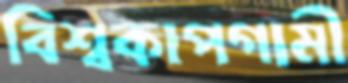
বিশ্বকাপগামী